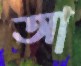
আ